Indian journal of veterinary science and animal husbandry - Volume 3,
Year: 1933
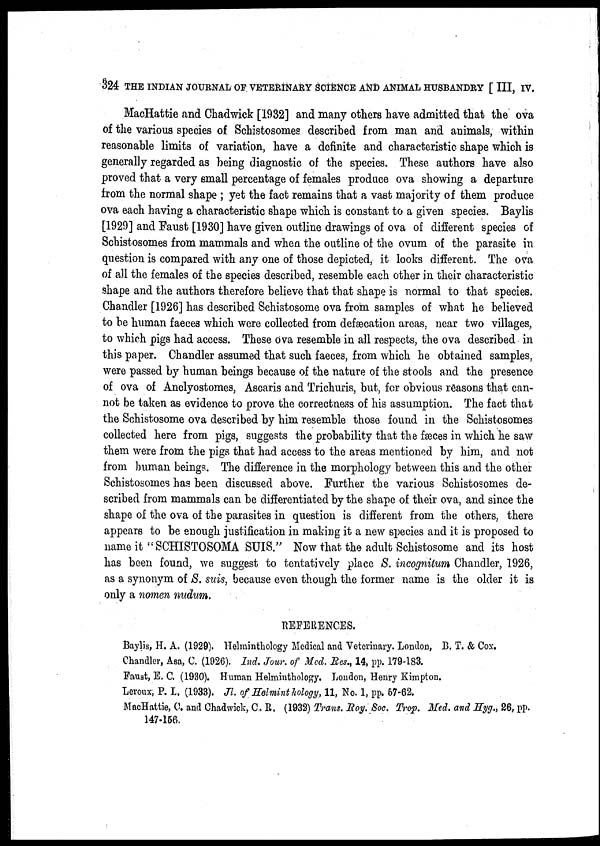
324 THE INDIAN JOURNAL OF VETERINARY SCIENCE AND ANIMAL HUSBANDRY [ III, IV.
MacHattie and Chadwick [1932] and many others have admitted that the ova
of the various species of Schistosomes described from man and animals, within
reasonable limits of variation, have a definite and characteristic shape which is
generally regarded as being diagnostic of the species. These authors have also
proved that a very small percentage of females produce ova showing a departure
from the normal shape ; yet the fact remains that a vast majority of them produce
ova each having a characteristic shape which is constant to a given species. Baylis
[1929] and Faust [1930] have given outline drawings of ova of different species of
Schistosomes from mammals and when the outline of the ovum of the parasite in
question is compared with any one of those depicted, it looks different. The ova
of all the females of the species described, resemble each other in their characteristic
shape and the authors therefore believe that that shape is normal to that species.
Chandler [1926] has described Schistosome ova from samples of what he believed
to be human faeces which were collected from defæcation areas, near two villages,
to which pigs had access. These ova resemble in all respects, the ova described in
this paper. Chandler assumed that such faeces, from which he obtained samples,
were passed by human beings because of the nature of the stools and the presence
of ova of Anclyostomes, Ascaris and Trichuris, but, for obvious reasons that can-
not be taken as evidence to prove the correctness of his assumption. The fact that
the Schistosome ova described by him resemble those found in the Schistosomes
collected here from pigs, suggests the probability that the fæces in which he saw
them were from the pigs that had access to the areas mentioned by him, and not
from human beings. The difference in the morphology between this and the other
Schistosomes has been discussed above. Further the various Schistosomes de-
scribed from mammals can be differentiated by the shape of their ova, and since the
shape of the ova of the parasites in question is different from the others, there
appears to be enough justification in making it a new species and it is proposed to
name it "SCHISTOSOMA SUIS." Now that the adult Schistosome and its host
has been found, we suggest to tentatively place S. incognitum Chandler, 1926,
as a synonym of S. suis, because even though the former name is the older it is
only a nomen nudum.
REFERENCES.
Baylis, H. A. (1929). Helminthology Medical and Veterinary. London, B. T. & Cox.
Chandler, Asa, C. (1926). Ind. Jour. of Med. Res., 14, pp. 179-183.
Faust, E. C. (1930). Human Helminthology. London, Henry Kimpton.
Leroux, P. L. (1933). Jl. of Helminthology, 11, No. 1, pp. 57-62.
MacHattie, C. and Chadwick, C. R. (1932) Trans. Roy. Soc. Trop. Med. and Hyg., 26, pp.
147-156.